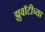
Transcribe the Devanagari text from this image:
झुवॉटीच्या